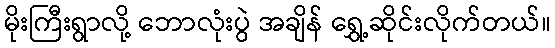
မိုးကြီးရွာလို့ ဘောလုံးပွဲ အချိန် ရွှေ့ဆိုင်းလိုက်တယ်။